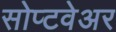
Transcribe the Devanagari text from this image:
सोप्टवेअर